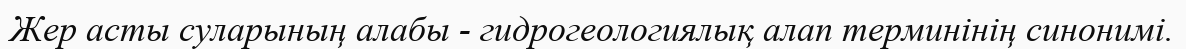
Жер асты суларының алабы - гидрогеологиялық алап терминінің синонимі.